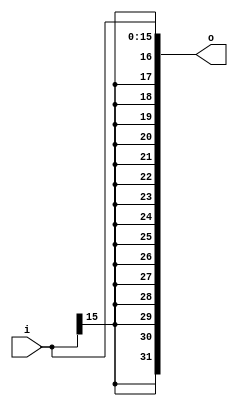
module Ext_imm16(
    input [15:0] i,
    output [31:0] o
);
    assign o = {{16{i[15]}} , i};
endmodule